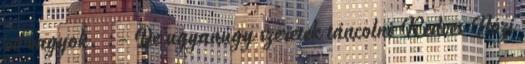
60 vagyok. :- De ugyanúgy szeretek táncolni Kedves Nózi